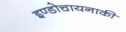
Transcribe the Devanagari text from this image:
इण्डोचायनाकी